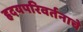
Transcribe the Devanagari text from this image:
हृदयपरिवर्तनाचे